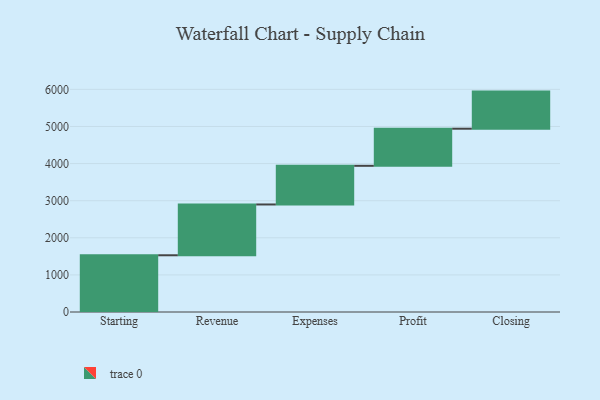
{"axis": {"x": "Step", "y": "Value"}, "legend": [""], "data": [{"x": "Starting", "y": 1529.0, "type": ""}, {"x": "Revenue", "y": 1369.0, "type": ""}, {"x": "Expenses", "y": 1042.0, "type": ""}, {"x": "Profit", "y": 1000, "type": ""}, {"x": "Closing", "y": 1000, "type": ""}]}